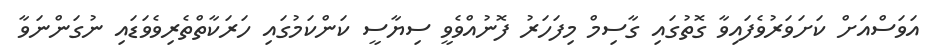
އަވަސްއަށް ކަށަވަރުވެފައިވާ ގޮތުގައި ގާސިމް މިފަހަރު ފޮނުއްވެވީ ސިޔާސީ ކަންކަމުގައި ހަރަކާތްތެރިވެވަޑައި ނުގަންނަވާ